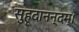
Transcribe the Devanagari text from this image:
सुहृदानन्दम्‌।